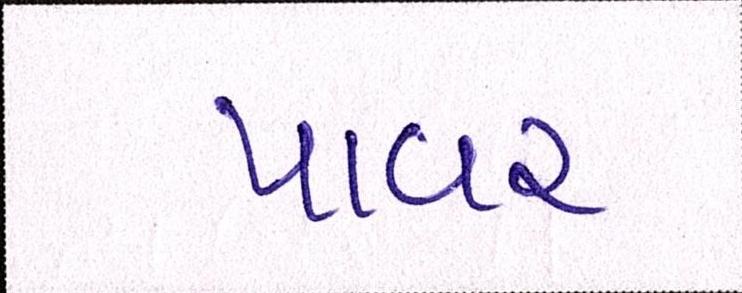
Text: પાવર